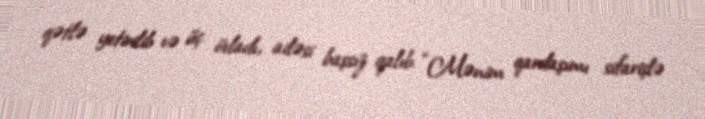
qətlə yetirilib və üç övladı, ailəsi başsız qalıb: “Mənim qardaşımı sifarişlə